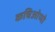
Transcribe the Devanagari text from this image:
कचिओप्पो